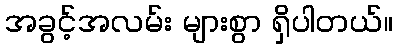
အခွင့်အလမ်း များစွာ ရှိပါတယ်။